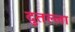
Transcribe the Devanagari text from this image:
दुतल्ला